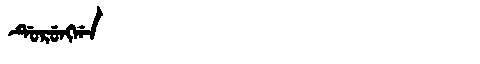
Manchu: ᡩᡠᡵᡠᠩᡤᠠ
Romanization: DURUNGGA